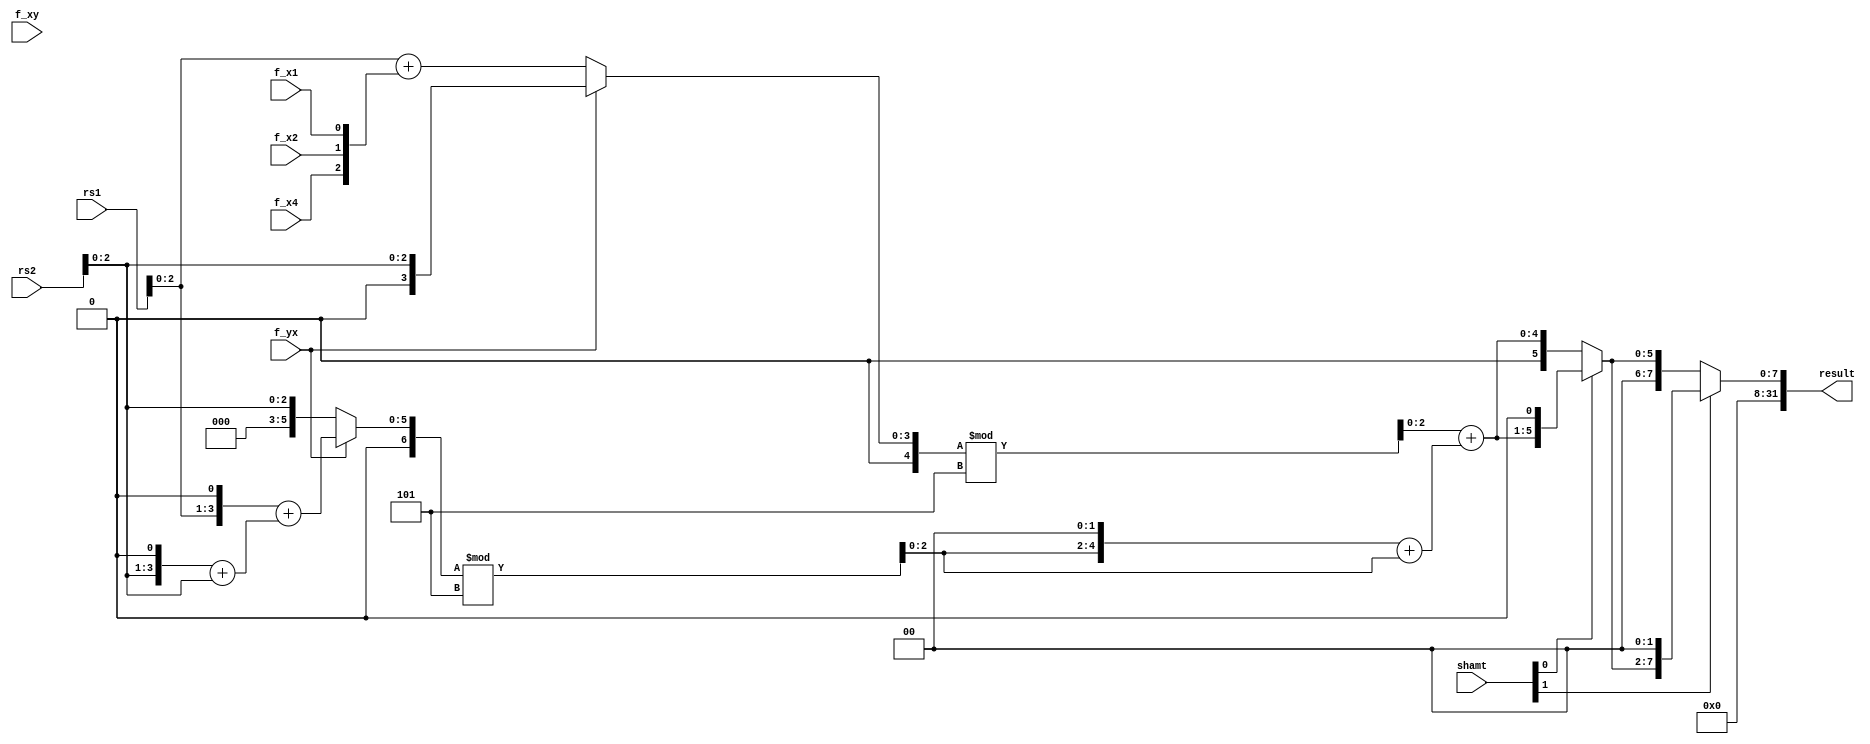

//
// module: xc_sha3
//
//  Implements the specialised sha3 indexing functions.
//  - All of the f_* inputs must be 1-hot.
//
module xc_sha3 (

input  wire [31:0] rs1      , // Input source register 1
input  wire [31:0] rs2      , // Input source register 2
input  wire [ 1:0] shamt    , // Post-Shift Amount

// One hot function select wires
input  wire        f_xy     , // xc.sha3.xy instruction function
input  wire        f_x1     , // xc.sha3.x1 instruction function
input  wire        f_x2     , // xc.sha3.x2 instruction function
input  wire        f_x4     , // xc.sha3.x4 instruction function
input  wire        f_yx     , // xc.sha3.yx instruction function

output wire [31:0] result     //

);

wire [2:0] in_x         = rs1[2:0];
wire [2:0] in_y         = rs2[2:0];

/* verilator lint_off WIDTH */

wire [4:0] in_x_plus    = in_x + {f_x4,f_x2,f_x1};
wire [6:0] in_y_plus    = {in_x, 1'b0} + {{2'b00,in_y,1'b0} + in_y};

wire [4:0] lut_in_lhs   = f_yx ? in_y       : in_x_plus ;
wire [6:0] lut_in_rhs   = f_yx ? in_y_plus  : in_y      ;

wire [2:0] lut_out_lhs  = lut_in_lhs % 5;
wire [2:0] lut_out_rhs  = lut_in_rhs % 5;

wire [4:0] sum_rhs      = {lut_out_rhs,2'b00} + lut_out_rhs;

wire [4:0] result_sum   = lut_out_lhs + sum_rhs;

wire [5:0] shf_1        = shamt[0] ? {result_sum,1'b0} : {1'b0, result_sum};
wire [7:0] shf_2        = shamt[1] ? {shf_1,2'b0     } : {2'b0, shf_1     };

/* verilator lint_on WIDTH */

assign result           = {24'b0,shf_2};


endmodule